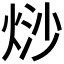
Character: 𭴲